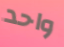
واحد